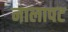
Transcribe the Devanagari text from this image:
नालापट